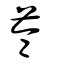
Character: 菕